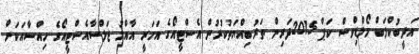
އަދީބުކްލަބް މޯލްޑިވްސް ކަޕް 2015ދަރިން ތަރުބިއްޔަތުކުރުން އެސްޓީއޯގެ އަހަރީ އާއްމު ޖަލްސާއެސްޓީއޯގެ ހިއްސާއަކަށް